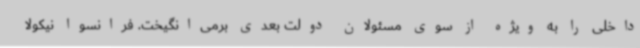
داخلی را به ویژه از سوی مسئولان دولت بعدی برمی‌انگیخت. فرانسوا نیکولا